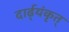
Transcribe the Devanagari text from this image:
दार्ढ्‌यंकृत्